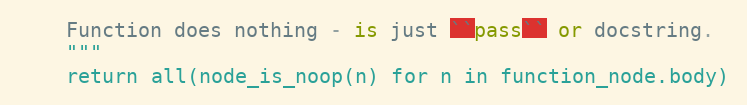
Language: Python
    Function does nothing - is just ``pass`` or docstring.
    """
    return all(node_is_noop(n) for n in function_node.body)